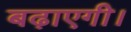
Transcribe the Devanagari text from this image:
बढ़ाएगी।